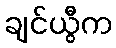
ချင်ယွီက